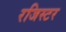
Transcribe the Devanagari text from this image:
रजिस्टर